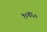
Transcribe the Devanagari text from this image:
१०४६०